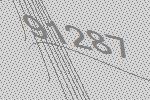
91287